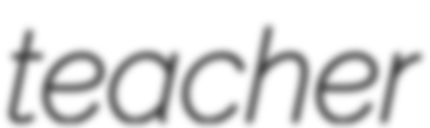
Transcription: teacher